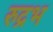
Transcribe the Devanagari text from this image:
रुद्रभ